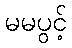
မမပွင့်